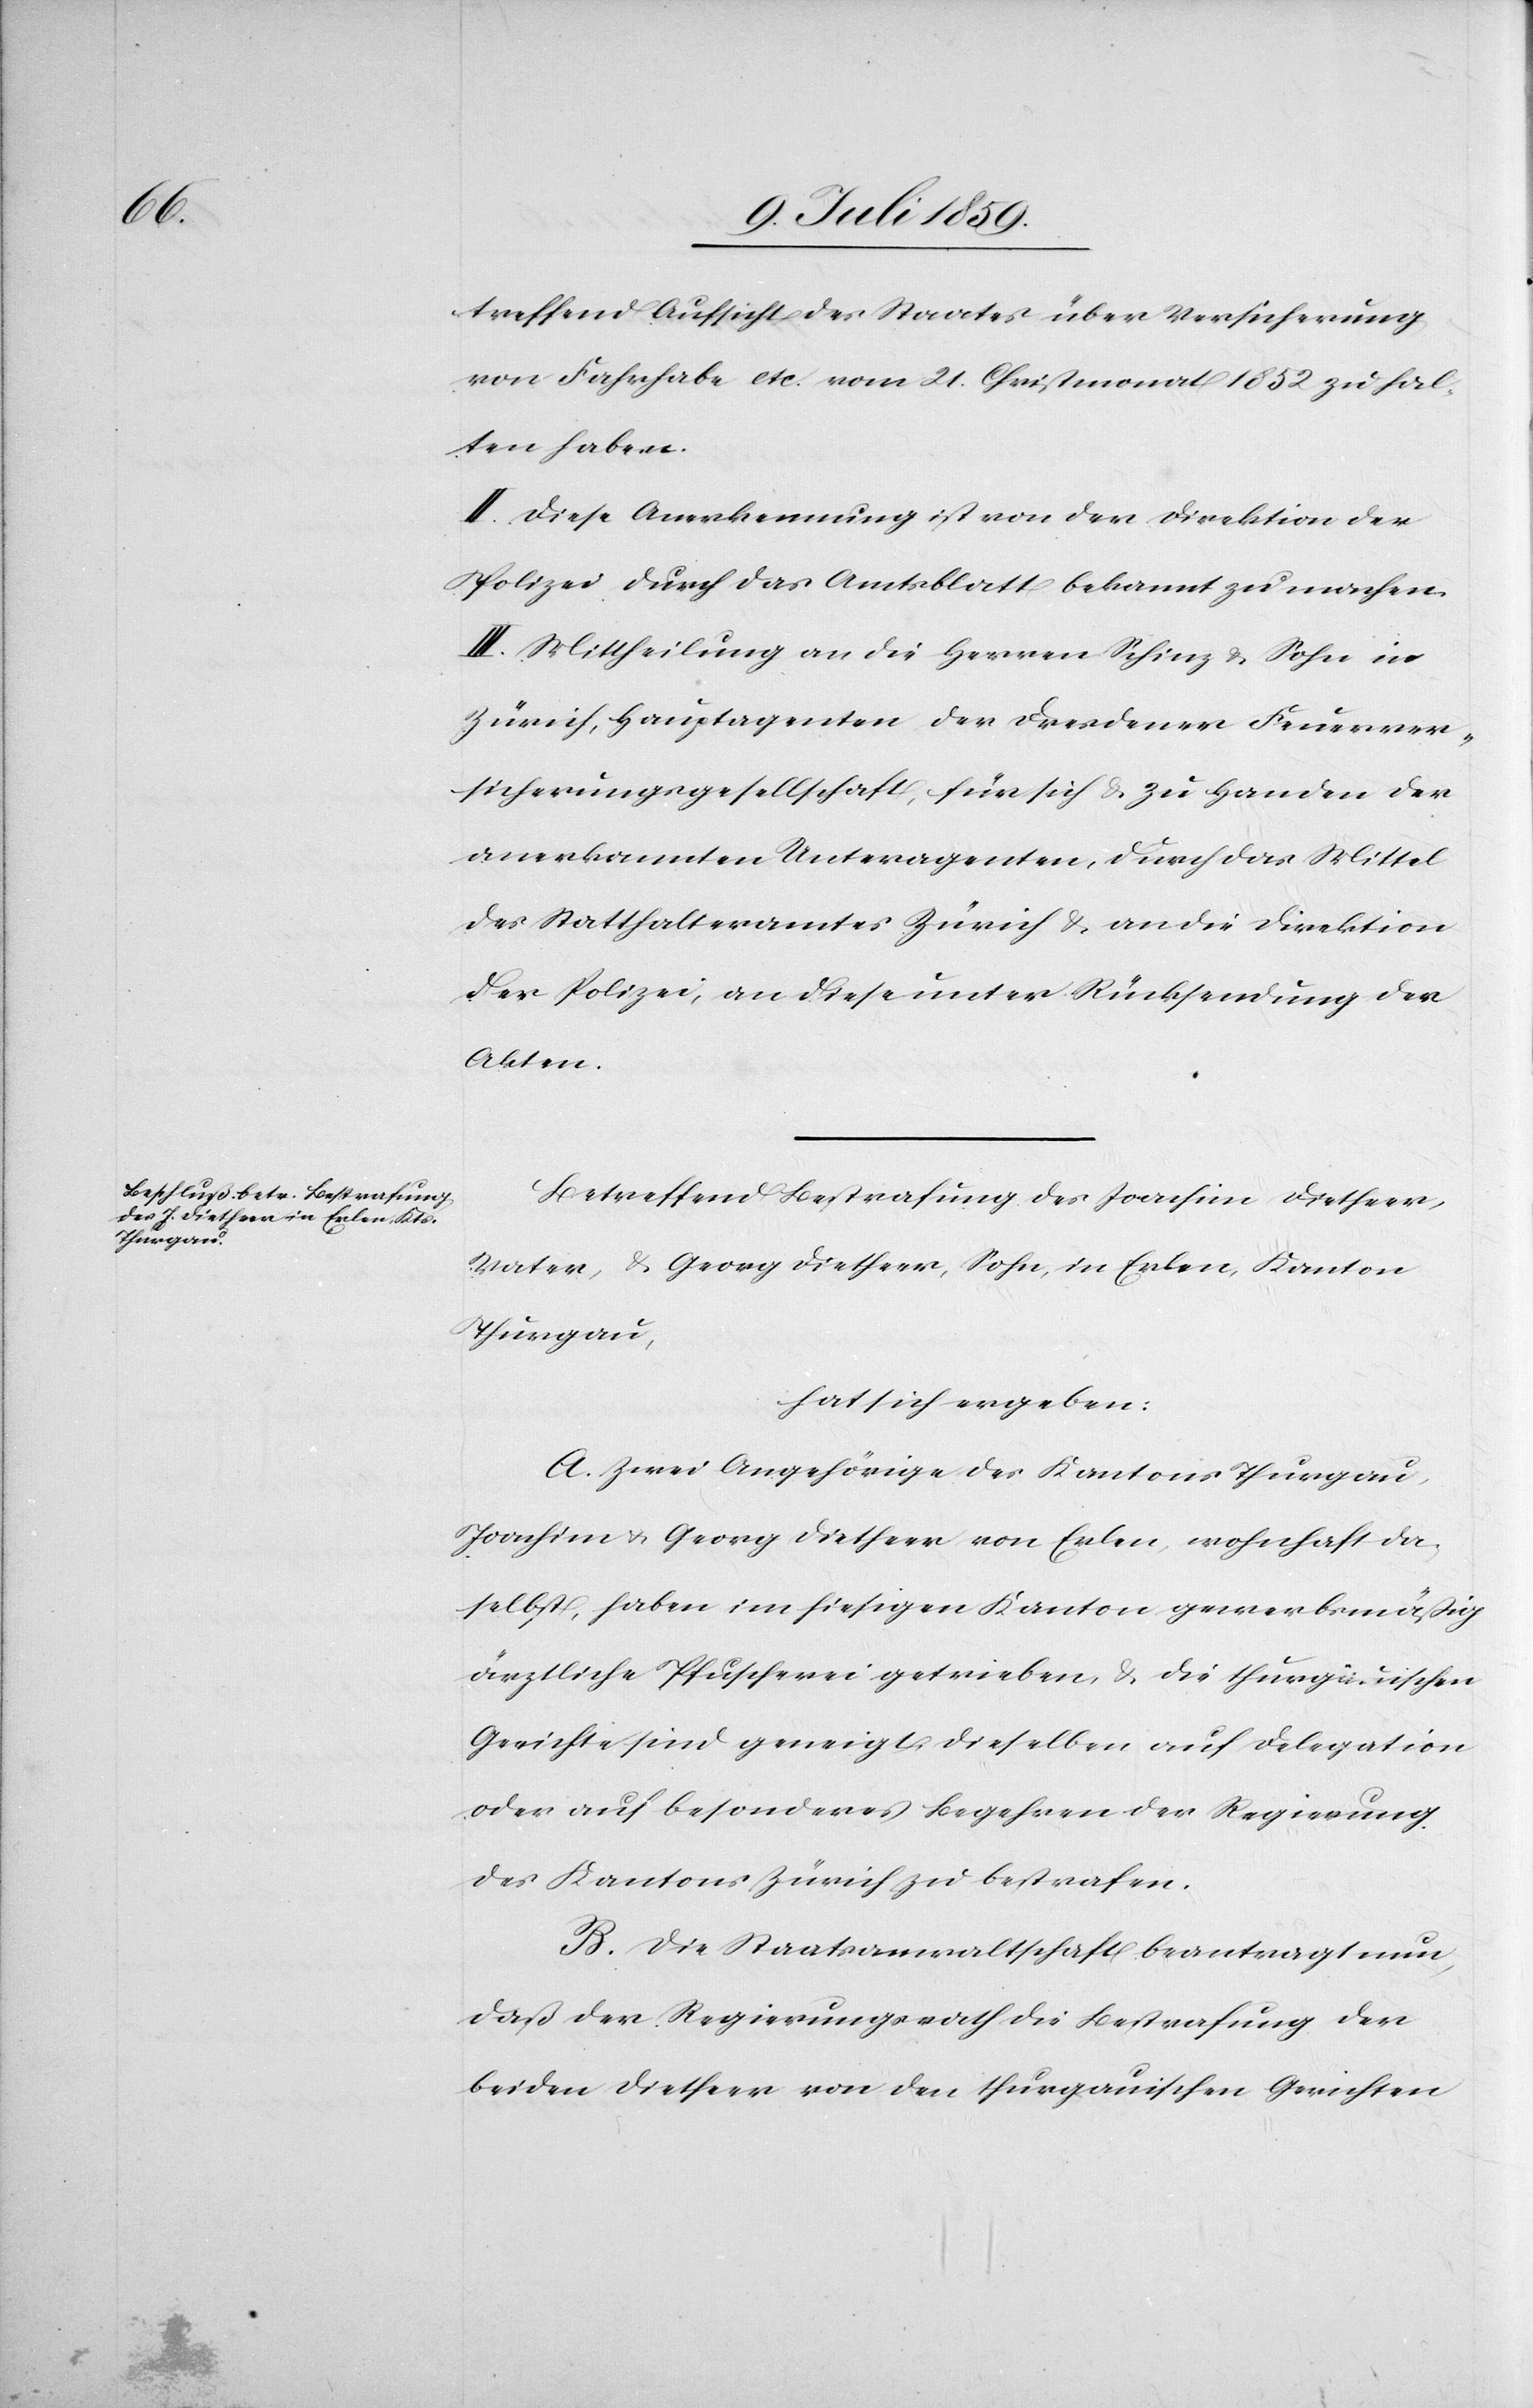
treffend Aufsicht des Staates über Versicherung
von Fahrhabe etc. vom 21. Christmonat 1852 zu hal¬
ten haben.
II. Diese Anerkennung ist von der Direktion der
Polizei durch das Amtsblatt bekannt zu machen.
III. Mittheilung an die Herren Schinz u. Sohn in
Zürich, Hauptagenten der Dresdener Feuerver¬
sicherungsgesellschaft, für sich u. zu Handen der
anerkannten Unteragenten, durch das Mittel
des Statthalteramtes Zürich u. an die Direktion
der Polizei, an diese unter Rücksendung der
Akten.
Betreffend Bestrafung des Joachim Dietheer,
Vater, u. Georg Dietheer, Sohn in Erlen, Kanton
Thurgau,
hat sich ergeben:
A. Zwei Angehörige des Kantons Thurgau,
Joachim u. Georg Dietheer von Erlen, wohnhaft da¬
selbst, haben im hiesigen Kanton gewerbsmäßig
ärztliche Pfuscherei getrieben u. die thurgauischen
Gerichte sind geneigt, dieselben auf Delegation
oder auf besonderes Begehren der Regierung
des Kantons Zürich zu bestrafen.
B. Die Staatsanwaltschaft beantragt nun,
daß der Regierungsrath die Bestrafung der
beiden Dietheer von den thurgauischen Gerichten